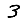
Digit: 3